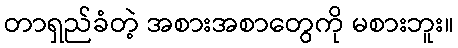
တာရှည်ခံတဲ့ အစားအစာတွေကို မစားဘူး။